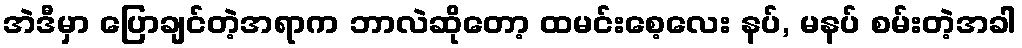
အဲဒီမှာ ပြောချင်တဲ့အရာက ဘာလဲဆိုတော့ ထမင်းစေ့လေး နပ်, မနပ် စမ်းတဲ့အခါ